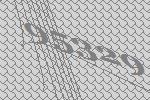
95329